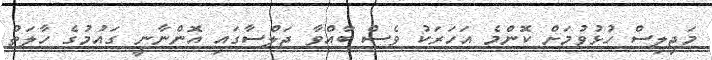
މަޖިލިސް ހުޅުވުމަށް ކޮންމެ އަހަރަކު ވެސް ބާއްވާ ޖަލްސާގައި އޮންނާނީ ގައުމުގެ ހާލަތު